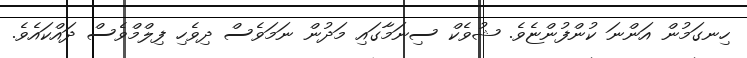
ހިނގަމުން އަންނަ ކުންފުންޏެވެ. ޝުވެކް ސިނަމާގައި މަދުން ނަމަވެސް ދިވެހި ފިލްމްވެސް ދައްކައެވެ.